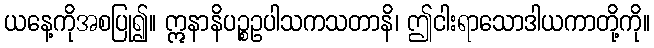
ယနေ့ကိုအစပြု၍။ ဣနာနိပဉ္စဥပါသကသတာနိ၊ ဤငါးရာသောဒါယကာတို့ကို။